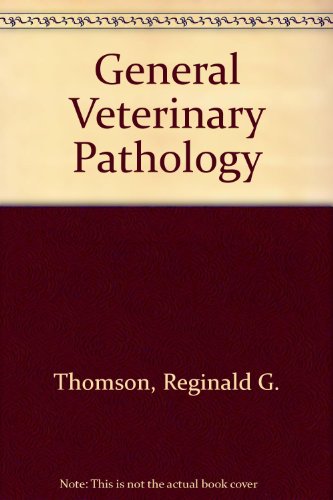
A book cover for General Veterinary Pathology; Reginald G. Thomson; Medical Books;